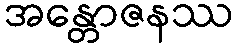
အန္တောဇနဿ